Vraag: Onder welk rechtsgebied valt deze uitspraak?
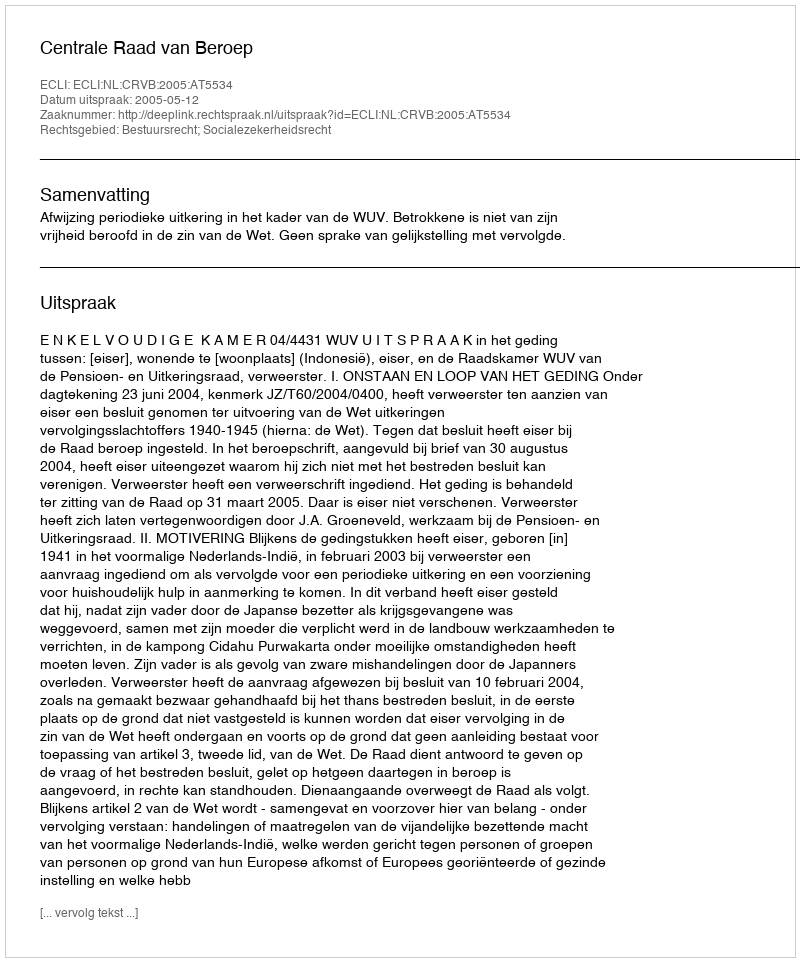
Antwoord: Bestuursrecht; Socialezekerheidsrecht